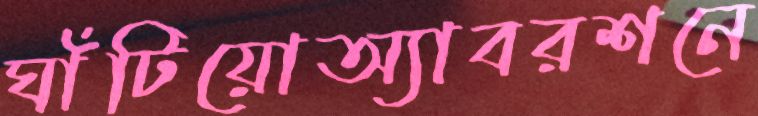
ঘাঁটিয়োঅ্যাবরশনে